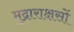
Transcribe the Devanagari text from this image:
मुद्राराक्षसों